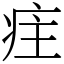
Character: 疰